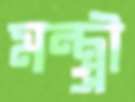
মন্ত্র্রী